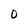
Character: O